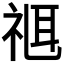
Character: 𥚅